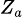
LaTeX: \scriptstyle{Z_{a}}